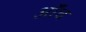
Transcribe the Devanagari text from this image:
ऑंच